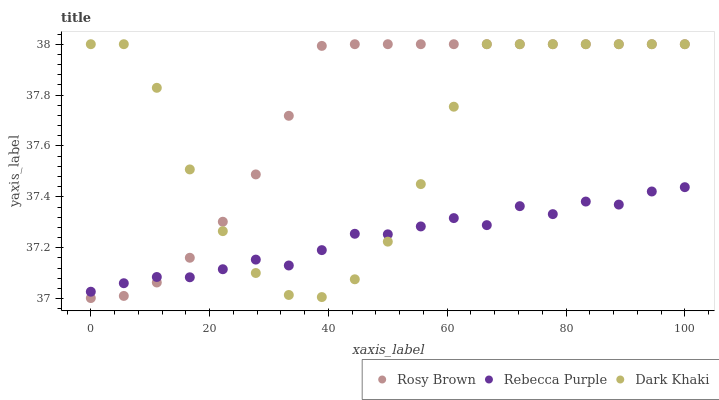
| xaxis_label | Rosy Brown | Rebecca Purple | Dark Khaki |
 | --- | --- | --- | --- |
 | 0 | 37 | 37 | 38 |
 | 5.56 | 37 | 37.1 | 38 |
 | 11.1 | 37.1 | 37.1 | 37.8 |
 | 16.7 | 37.2 | 37.1 | 37.5 |
 | 22.2 | 37.3 | 37.1 | 37.3 |
 | 27.8 | 37.5 | 37.2 | 37.1 |
 | 33.3 | 37.7 | 37.1 | 37 |
 | 38.9 | 38 | 37.2 | 37 |
 | 44.4 | 38 | 37.3 | 37.1 |
 | 50 | 38 | 37.3 | 37.2 |
 | 55.6 | 38 | 37.3 | 37.5 |
 | 61.1 | 38 | 37.3 | 37.8 |
 | 66.7 | 38 | 37.3 | 38 |
 | 72.2 | 38 | 37.4 | 38 |
 | 77.8 | 38 | 37.3 | 38 |
 | 83.3 | 38 | 37.4 | 38 |
 | 88.9 | 38 | 37.4 | 38 |
 | 94.4 | 38 | 37.4 | 38 |
 | 100 | 38 | 37.4 | 38 |